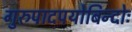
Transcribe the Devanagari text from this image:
गुरुपादपयोबिन्दोः